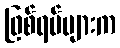
ဖြစ်ရပ်များက